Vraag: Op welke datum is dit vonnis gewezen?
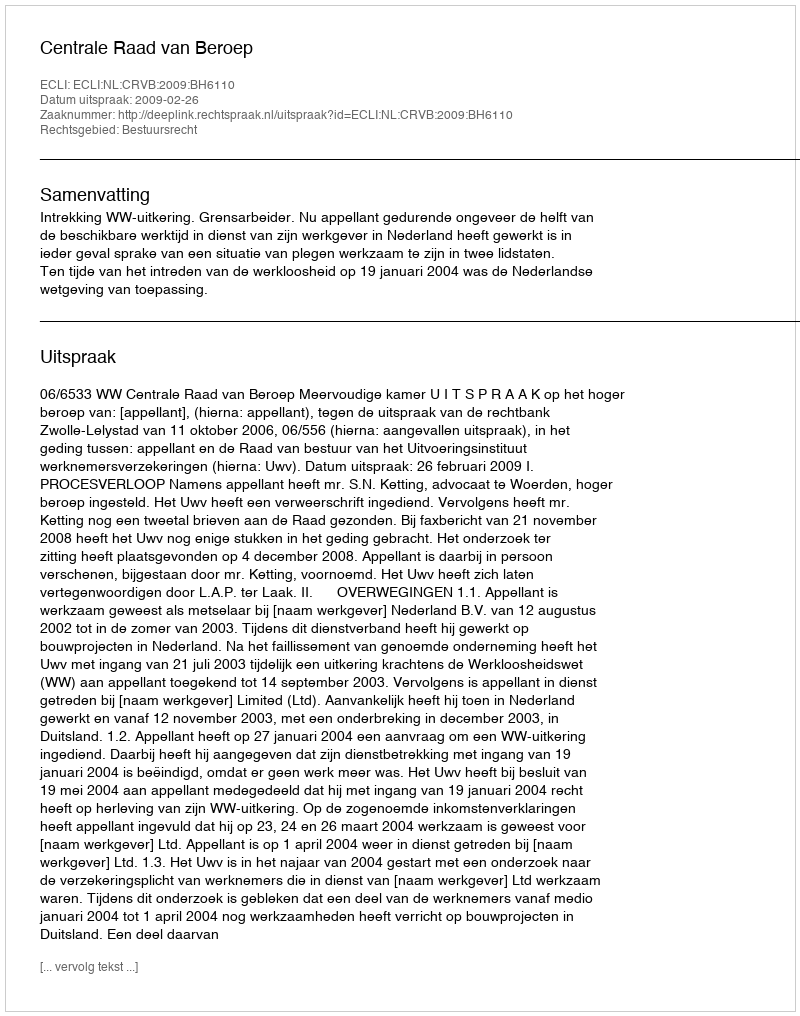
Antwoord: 2009-02-26